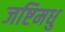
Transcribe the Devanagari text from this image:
जष्टिमधु